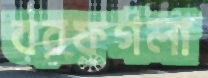
বরফগলা